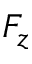
F _ { z }